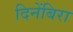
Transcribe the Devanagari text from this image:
दिनेंबिरा